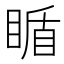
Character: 瞃